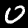
Label: 0